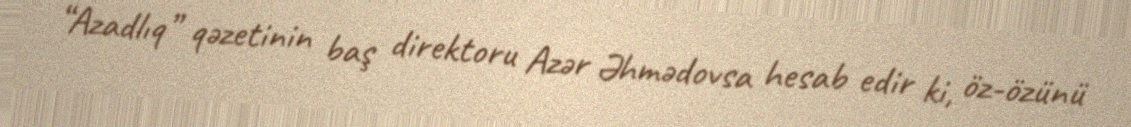
“Azadlıq” qəzetinin baş direktoru Azər Əhmədovsa hesab edir ki, öz-özünü